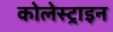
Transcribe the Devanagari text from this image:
कोलेस्ट्राइन